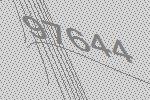
97644